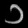
Digit: ၁